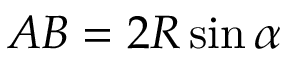
A B = 2 R \sin \alpha